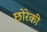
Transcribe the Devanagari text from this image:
छोरेकी